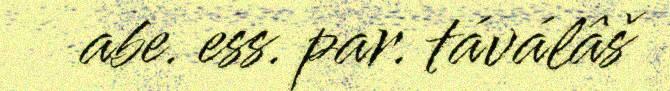
abe. ess. par. táválâš